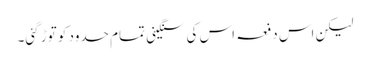
لیکن اس دفعہ اس کی سنگینی تمام حدود کو توڑ گئی۔